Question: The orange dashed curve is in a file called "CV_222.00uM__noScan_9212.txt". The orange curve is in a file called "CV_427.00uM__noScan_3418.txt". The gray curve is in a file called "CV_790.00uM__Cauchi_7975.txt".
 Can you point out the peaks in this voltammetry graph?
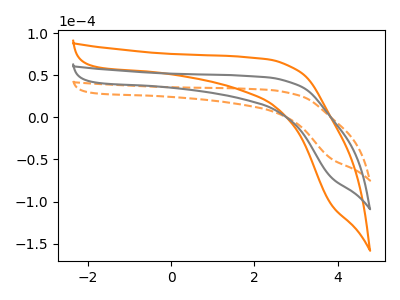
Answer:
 <answer>The orange dashed curve "222.00uM" has no peaks. The orange curve "427.00uM" has no peaks. The gray curve "790.00uM" has no peaks.</answer>
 <eval></eval>